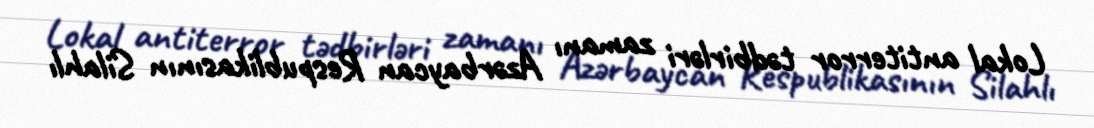
Lokal antiterror tədbirləri zamanı Azərbaycan Respublikasının Silahlı